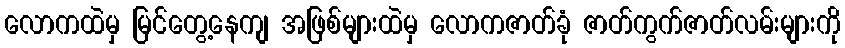
လောကထဲမှ မြင်တွေ့နေကျ အဖြစ်များထဲမှ လောကဇာတ်ခုံ ဇာတ်ကွက်ဇာတ်လမ်းများကို